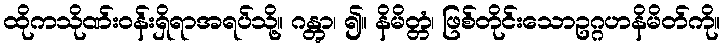
ထိုကသိုဏ်းဝန်းရှိရာအရပ်သို့။ ဂန္တွာ၊ ၍။ နိမိတ္တံ၊ ဖြစ်တိုင်းသောဥဂ္ဂဟနိမိတ်ကို။